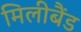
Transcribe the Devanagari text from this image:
मिलीबैंड